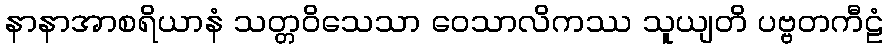
နာနာအာစရိယာနံ သတ္တဝိသေသာ ဝေသာလိကဿ သူယျတိ ပဗ္ဗတကီဠံ